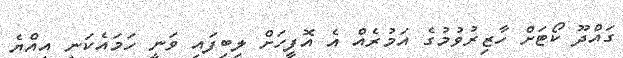
ގައްދޫ ކޯޓަށް ހާޒިރުވުމުގެ އަމުރެއް އެ އޮފީހަށް ލިބިފައި ވަނީ ހަމައެކަނި އިއްޔެ